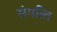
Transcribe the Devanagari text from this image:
संपत्‍ति